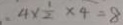
4 \times \frac { 1 } { 2 } \times 4 = 8